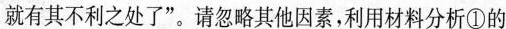
就有其不利之处了”。请忽略其他因素，利用材料分析①的